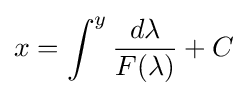
x=\int ^{y}{\frac {d\lambda }{F(\lambda )}}+C